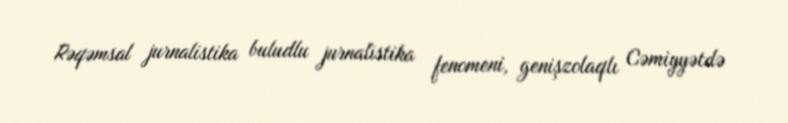
Rəqəmsal jurnalistika buludlu jurnalistika fenomeni, genişzolaqlı Cəmiyyətdə